Lunatic asylums Punjab 1881-1894 - 1881-1894
Year: 1881
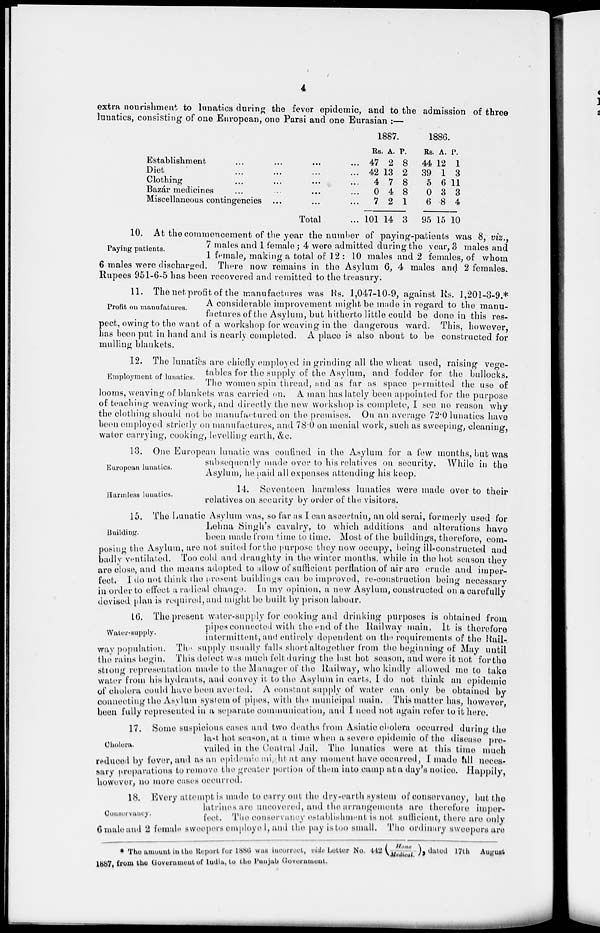
4
extra nourishment to lunatics during the fever epidemic, and to the admission of three
lunatics, consisting of one European, one Parsi and one Eurasian :—
Establishment
Diet
Clothing
Bazar medicines
Miscellaneous contingencies
Total
1887.
Rs.
47
42
4
0
7
101
A.
2
13
7
4
2
14
P.
8
2
8
8
1
3
1886.
Rs.
44
39
5
0
6
95
A.
12
1
6
3
.8
15
P.
1
3
11
3
4
10
Paying patients.
10. At the commencement of the year the number of paying-patients was 8, viz.,
7 males and 1 female; 4 were admitted during the year, 3 males and
1 female, making a total of 12 : 10 males and 2 females, of whom
6 males were discharged. There now remains in the Asylum 6, 4 males and 2 females.
Rupees 951-6-5 has been recovered and remitted to the treasury.
Profit on manufatures.
11. The net profit of the manufactures was Rs. 1,047-10-9, against Rs. 1,201-3-9.*
A considerable improvement might be made in regard to the manu-
factures of the Asylum, but hitherto little could be done in this res-
pect, owing to the want of a workshop for weaving in the dangerous ward. This, however,
has been put in hand and is nearly completed. A place is also about to be constructed for
mulling blankets.
Employment of lunatics.
12. The lunatics are chiefly employed in grinding all the wheat used, raising vege-
tables for the supply of the Asylum, and fodder for the bullocks.
The women spin thread, and as far as space permitted the use of
looms, weaving of blankets was carried on. A man has lately been appointed for the purpose
of teaching weaving work, and directly the new workshop is complete, I see no reason why
the clothing should not be manufactured on the premises. On an average 72.0 lunatics have
been employed strictly on manufactures, and 78.0 on menial work, such as sweeping, cleaning,
water carrying, cooking, levelling earth, &c.
European lunatics.
13. One European lunatic was confined in the Asylum for a few months, but was
subsequently made over to his relatives on security. While in the
Asylum, he paid all expenses attending his keep.
Harmless lunatics.
14. Seventeen harmless lunatics were made over to their
relatives on security by order of the visitors.
Building.
15. The Lunatic Asylum was, so far as I can ascertain, an old serai, formerly used for
Lehna Singh's cavalry, to which additions and alterations have
been made from time to time. Most of the buildings, therefore com-
posing the Asylum, are not suited for the purpose they now occupy, being ill-constructed and
badly ventilated. Too cold and draughty in the winter months, while in the hot season they
are close, and the means adopted to allow of sufficient perflation of air are crude and imper-
fect. I do not think the present buildings can be improved, re-construction being necessary
in order to effect a radical change. In my opinion, a new Asylum, constructed on a carefully
devised plan is required, and might be built by prison labour.
Water-supply.
16. The present water-supply for cooking and drinking purposes is obtained from
pipes connected with the end of the Railway main. It is therefore
intermittent, and entirely dependent on the requirements of the Rail-
way population. The supply usually falls short altogether from the beginning of May until
the rains begin. This defect was much felt during the last hot season, and were it not for the
strong representation made to the Manager of the Railway, who kindly allowed me to take
water from his hydrants, and convey it to the Asylum in carts, I do not think an epidemic
of cholera could have been averted. A constant supply of water can only be obtained by
connecting the Asylum system of pipes, with the municipal main. This matter has, however
been fully represented in a separate communication , and I need not again refer to it here.
Cholera.
17, Some suspicious cases and two deaths from Asiatic cholera occurred during the
last hot season, at a time when a severe epidemic of the disease pre-
vailed in the Central Jail. The lunatics were at this time much
reduced by fever, and as an epidemic might at any moment have occurred , I made all neces-
sary preparations to remove the greater portion of them into camp at a day's notice. Happily,
however, no more cases occurred.
Conservancy.
18. Every attempt is made to carry out the dry-earth system of conservancy, but the
latrines are uncovered, and the arrangements are therefore imper-
fect. The conservancy establishment is not sufficient, there are only
6 male and 2 female sweepers employed, and the pay is too small. The ordinary sweepers are
* The amount in the Report for 1886 was incorrect, vide Letter No. 442 (Home|Medical.) ,dated 17 th August
1887, from the Government of India , to the Punjab Government.